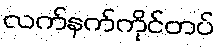
လက်နက်ကိုင်တပ်